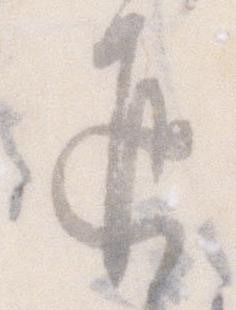
返